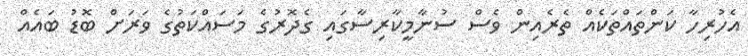
އެހުރިހާ ކަންތައްތަކެއް ތެރެއިން ވެސް ސުނާމީކާރިސާގައި ގެދޮރުގެ މަސައްކަތުގެ ވަރަށް ބޮޑު ބައެއް